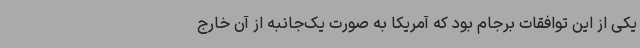
یکی از این توافقات برجام بود که آمریکا به صورت یک‌جانبه از آن خارج